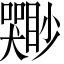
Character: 𫬣